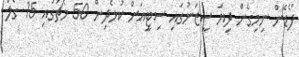
ފޯޑެން ނިމިގެން ދިޔަ ސީޒަނުގައި ސިޓީއަށް ކުޅެދިން 50 މެޗުގައި 15 ގޯލް